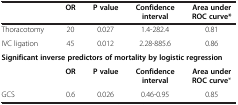
<table><thead><tr><td><b> </b></td><td><b>OR</b></td><td><b>P value</b></td><td><b>Confidence interval</b></td><td><b>Area under ROC curve*</b></td></tr></thead><tbody><tr><td>Thoracotomy</td><td>20</td><td>0.027</td><td>1.4-282.4</td><td>0.81</td></tr><tr><td>IVC ligation</td><td>45</td><td>0.012</td><td>2.28-885.6</td><td>0.86</td></tr><tr><td colspan="5"><b>Significant inverse predictors of mortality by logistic regression</b></td></tr><tr><td> </td><td><b>OR</b></td><td><b>P value</b></td><td><b>Confidence interval</b></td><td><b>Area under ROC curve</b>*</td></tr><tr><td>GCS</td><td>0.6</td><td>0.026</td><td>0.46-0.95</td><td>0.85</td></tr></tbody></table>